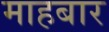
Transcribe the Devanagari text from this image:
माहबार